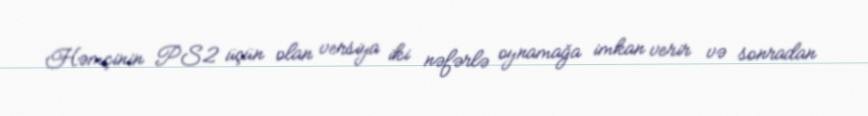
Həmçinin PS2 üçün olan versiya iki nəfərlə oynamağa imkan verir və sonradan